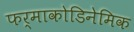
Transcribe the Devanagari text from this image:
फर्माकोडिनेमिक